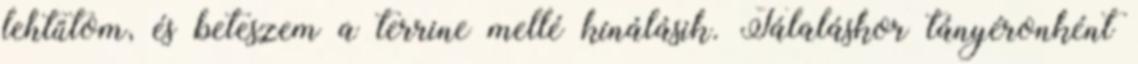
lehtűtom, és beteszem a terrine mellé kínálásik. Tálaláskor tányéronként